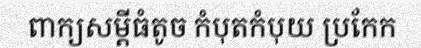
ពាក្យសម្តីធំតូច កំបុតកំបុយ ប្រកែក